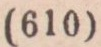
(610)